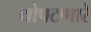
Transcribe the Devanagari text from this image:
थोपटणारे